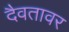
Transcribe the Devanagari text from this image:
दैवतावर